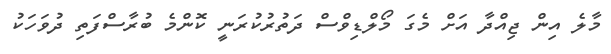
މާލެ އިން ޖިއްދާ އަށް މެގަ މޯލްޑިވްސް ދަތުރުކުރަނީ ކޮންމެ ބުރާސްފަތި ދުވަހަކު